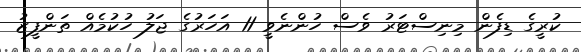
ކުރީގެ ޑިފެން މިނިސްޓަރު ވެސް ހުންނެވީ 11 އަހަރުގެ ޖަލު ހުކުމެއް ތަންފީޒު